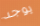
يوجد